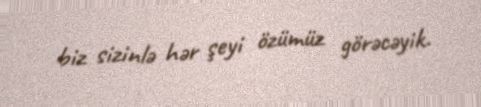
biz sizinlə hər şeyi özümüz görəcəyik.